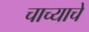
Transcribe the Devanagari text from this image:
चाच्याचे